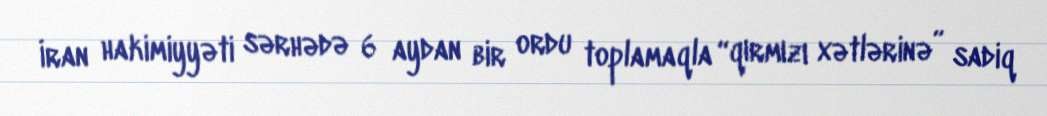
İran hakimiyyəti sərhədə 6 aydan bir ordu toplamaqla “qırmızı xətlərinə” sadiq